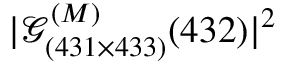
| \mathcal { G } _ { ( 4 3 1 \times 4 3 3 ) } ^ { ( M ) } ( 4 3 2 ) | ^ { 2 }